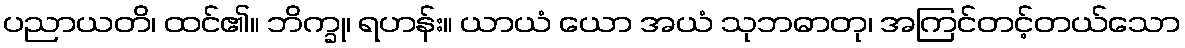
ပညာယတိ၊ ထင်၏။ ဘိက္ခု၊ ရဟန်း။ ယာယံ ယော အယံ သုဘဓာတု၊ အကြင်တင့်တယ်သော